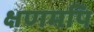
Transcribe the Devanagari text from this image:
क्षणमपि